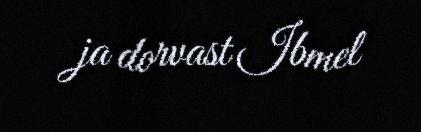
ja dorvast Ibmel